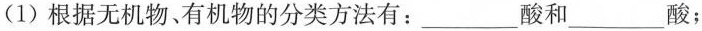
(1)根据无机物、有机物的分类方法有：___酸和___酸；